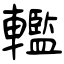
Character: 轞